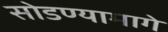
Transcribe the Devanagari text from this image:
सोडण्यामागे